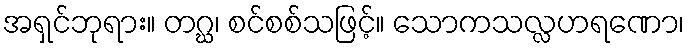
အရှင်ဘုရား။ တဂ္ဃ၊ စင်စစ်သဖြင့်။ သောကသလ္လဟရဏော၊